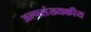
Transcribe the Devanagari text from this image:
अल्पसंख्यकीय